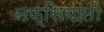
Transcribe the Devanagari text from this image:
नफ्सियाती